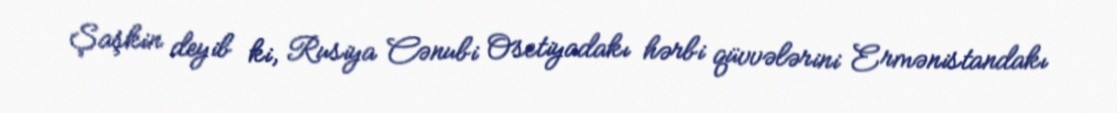
Şaşkin deyib ki, Rusiya Cənubi Osetiyadakı hərbi qüvvələrini Ermənistandakı